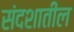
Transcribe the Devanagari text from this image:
संदशातील